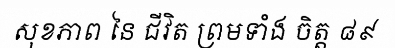
សុខភាព នៃ ជីវិត ព្រមទាំង ចិត្ត ៨៩